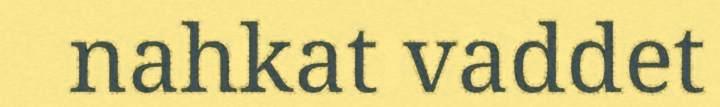
nahkat vaddet